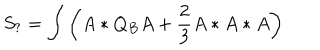
LaTeX: S _ { ? } = \int \left( A * Q _ { B } A + \frac { 2 } { 3 } A * A * A \right)